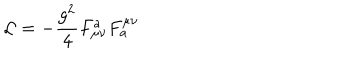
{ \cal L } = - \frac { g ^ { 2 } } { 4 } F _ { \mu \nu } ^ { a } F _ { a } ^ { \mu \nu }